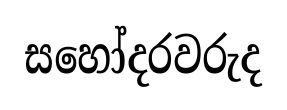
සහෝදරවරුද